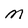
Character: M